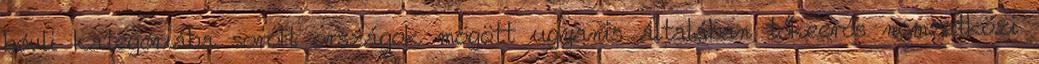
bóvli kategóriába sorolt országok mögött ugyanis általában tőkeerős nemzetközi